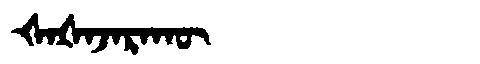
Manchu: ᡧᠠᡧᠠᠵᠠᡵᠠᡴᡡ
Romanization: ŠAŠAJARAKŪ